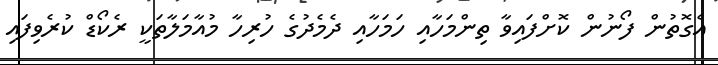
އެގޮތުން ފޯނުން ކޮށްފައިވާ ތިންމަހާއި ހަމަހާއި ދެމެދުގެ ހުރިހާ މުއާމަލާތަކީ ރެކޯޑް ކުރެވިފައި